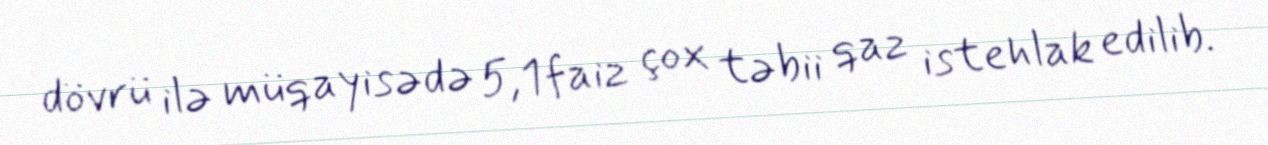
dövrü ilə müqayisədə 5,1 faiz çox təbii qaz istehlak edilib.